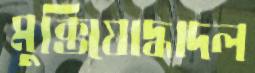
মুক্তিযোদ্ধাদল